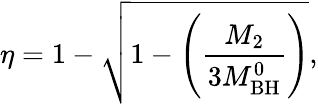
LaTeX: \eta=1-\sqrt{1-\left(\frac{M_{\mathrm{2}}}{3M_{\mathrm{BH}}^{0}}\right)},